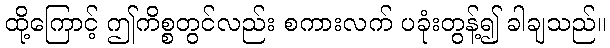
ထို့ကြောင့် ဤကိစ္စတွင်လည်း စကားလက် ပခုံးတွန့်၍ ခါချသည်။